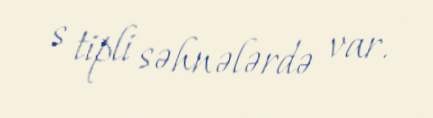
s tipli səhnələrdə var.